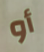
أو